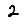
Digit: 2